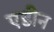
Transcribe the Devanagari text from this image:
एडीन